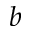
b